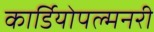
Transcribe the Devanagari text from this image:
कार्डियोपल्मनरी